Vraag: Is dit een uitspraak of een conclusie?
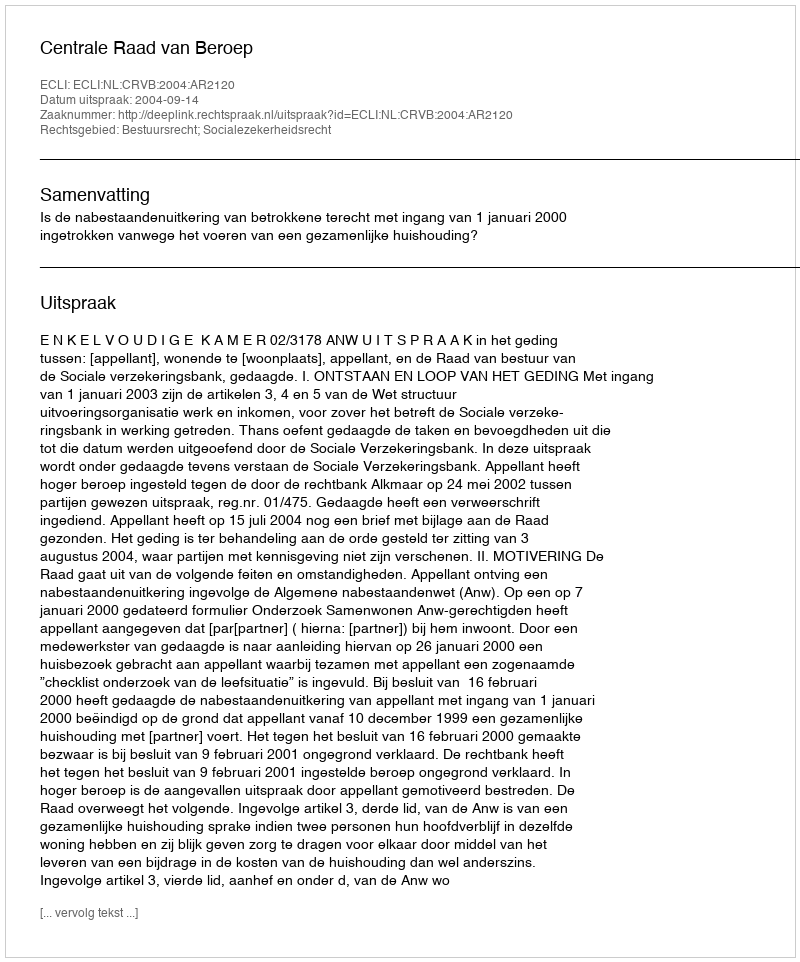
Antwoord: Uitspraak